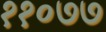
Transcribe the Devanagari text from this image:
११०७७